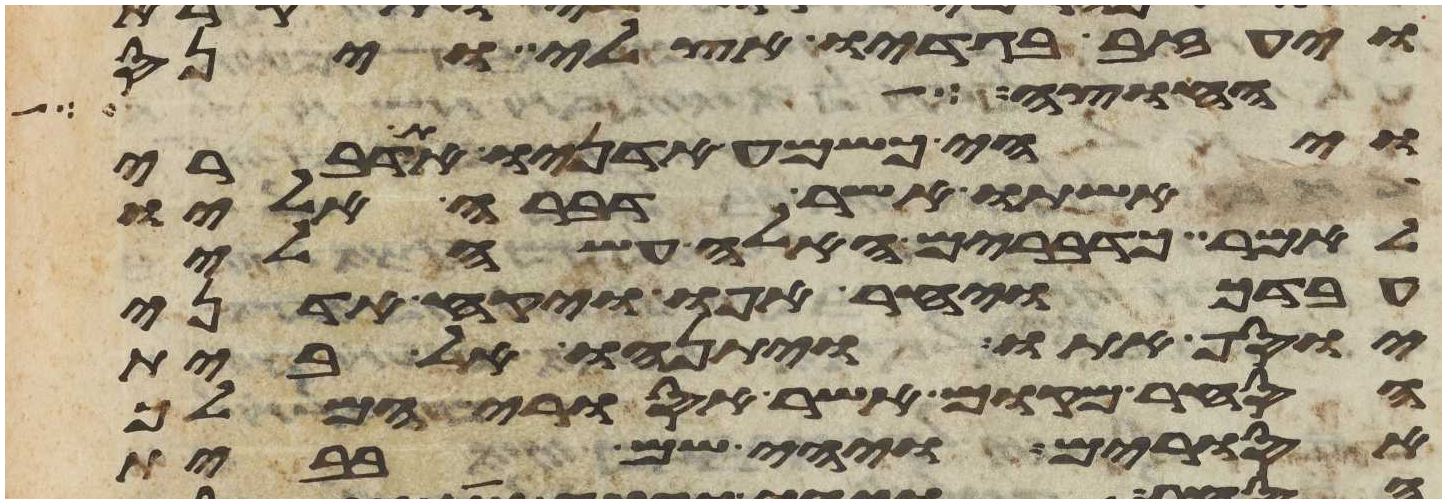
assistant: ויעזב בגדיו אצלי וינס
יהוה הדבר אליה אתה אל
ויהי כשמע אדניו את דברי
אשתו אשר דברה אליו
לאמר כדברים האלה עשה לי
עבדך ויחר אפו ויקח אדני
יוסף אתו ויתנהו אל בית
הסחר מקום אשר אסורי המלך
אסורים ויהי שם בבית